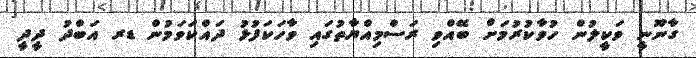
ގާނޫނީ ވަކީލުން ހުވާކުރުމަށް ބޭއްވި ރަސްމިއްޔާތުގައި ވާހަކަފުޅު ދައްކަވަމުން ޑރ އަބްދު ދީދީ